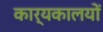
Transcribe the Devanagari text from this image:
कार्यकालयों